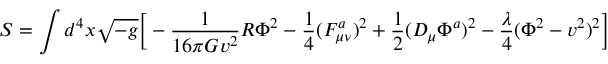
S = \int d ^ { 4 } x \sqrt { - g } \Big [ - { \frac { 1 } { 1 6 \pi G v ^ { 2 } } } R \Phi ^ { 2 } - { \frac { 1 } { 4 } } ( F _ { \mu \nu } ^ { a } ) ^ { 2 } + { \frac { 1 } { 2 } } ( { \cal D } _ { \mu } \Phi ^ { a } ) ^ { 2 } - { \frac { \lambda } { 4 } } ( \Phi ^ { 2 } - v ^ { 2 } ) ^ { 2 } \Big ]